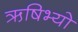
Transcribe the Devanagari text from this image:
ऋषिभ्यो